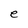
Character: e